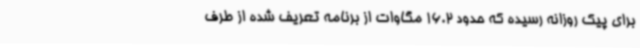
برای پیک روزانه رسیده که حدود 16.2 مگاوات از برنامه تعریف شده از طرف